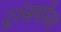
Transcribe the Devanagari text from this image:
ट्रांसपोज्ड